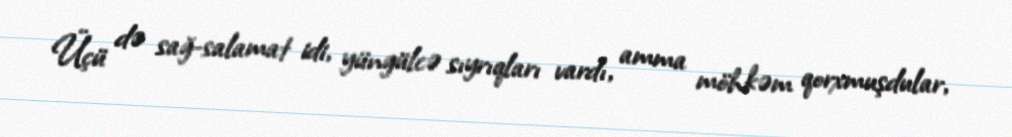
Üçü də sağ-salamat idi, yüngülcə sıyrıqları vardı, amma möhkəm qorxmuşdular,